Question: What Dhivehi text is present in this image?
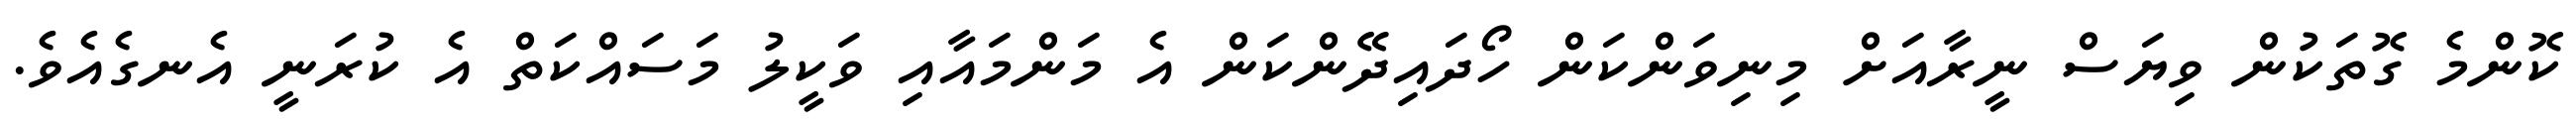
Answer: ކޮންމެ ގޮތަކުން ވިޔަސް ނީރާއަށް މިނިވަންކަން ހޯދައިދޭންކަން އެ މަންމައާއި ވަކީލު މަސައްކަތް އެ ކުރަނީ އެނގެއެވެ.